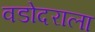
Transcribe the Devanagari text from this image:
वडोदराला